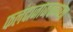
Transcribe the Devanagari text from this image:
फलंदाजाजवळच्या